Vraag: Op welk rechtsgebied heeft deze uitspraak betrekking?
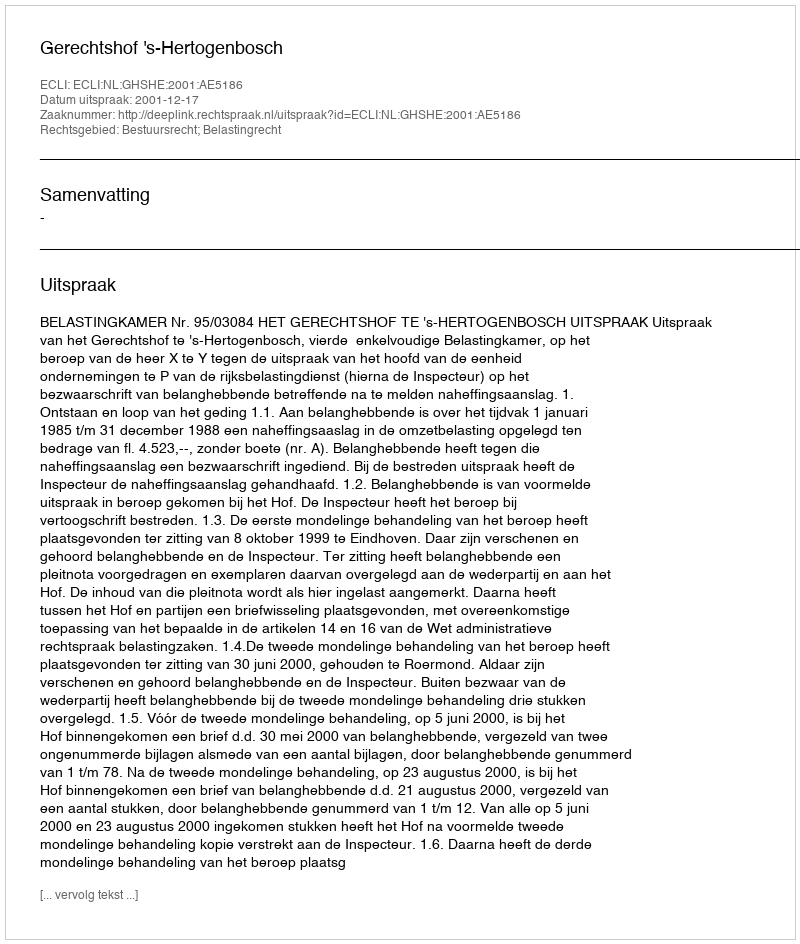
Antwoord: Bestuursrecht; Belastingrecht